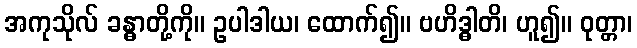
အကုသိုလ် ခန္ဓာတို့ကို။ ဥပါဒါယ၊ ထောက်၍။ ဗဟိဒ္ဓါတိ၊ ဟူ၍။ ဝုတ္တာ၊